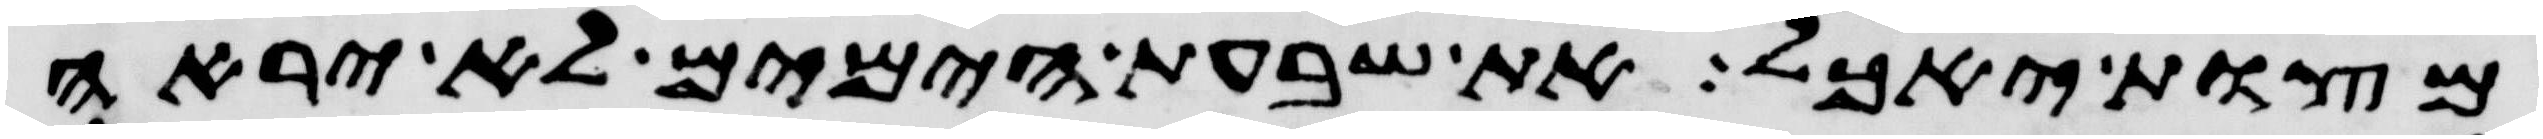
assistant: מצות יאכל את שבעת הימים לא יראה